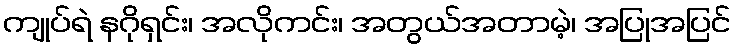
ကျုပ်ရဲ နဂိုရှင်း၊ အလိုကင်း၊ အတွယ်အတာမဲ့၊ အပြုအပြင်